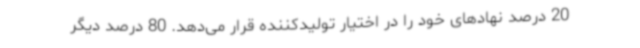
20 درصد نهادهای خود را در اختیار تولیدکننده قرار می‌دهد. 80 درصد دیگر